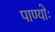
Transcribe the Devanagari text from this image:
पाण्योः